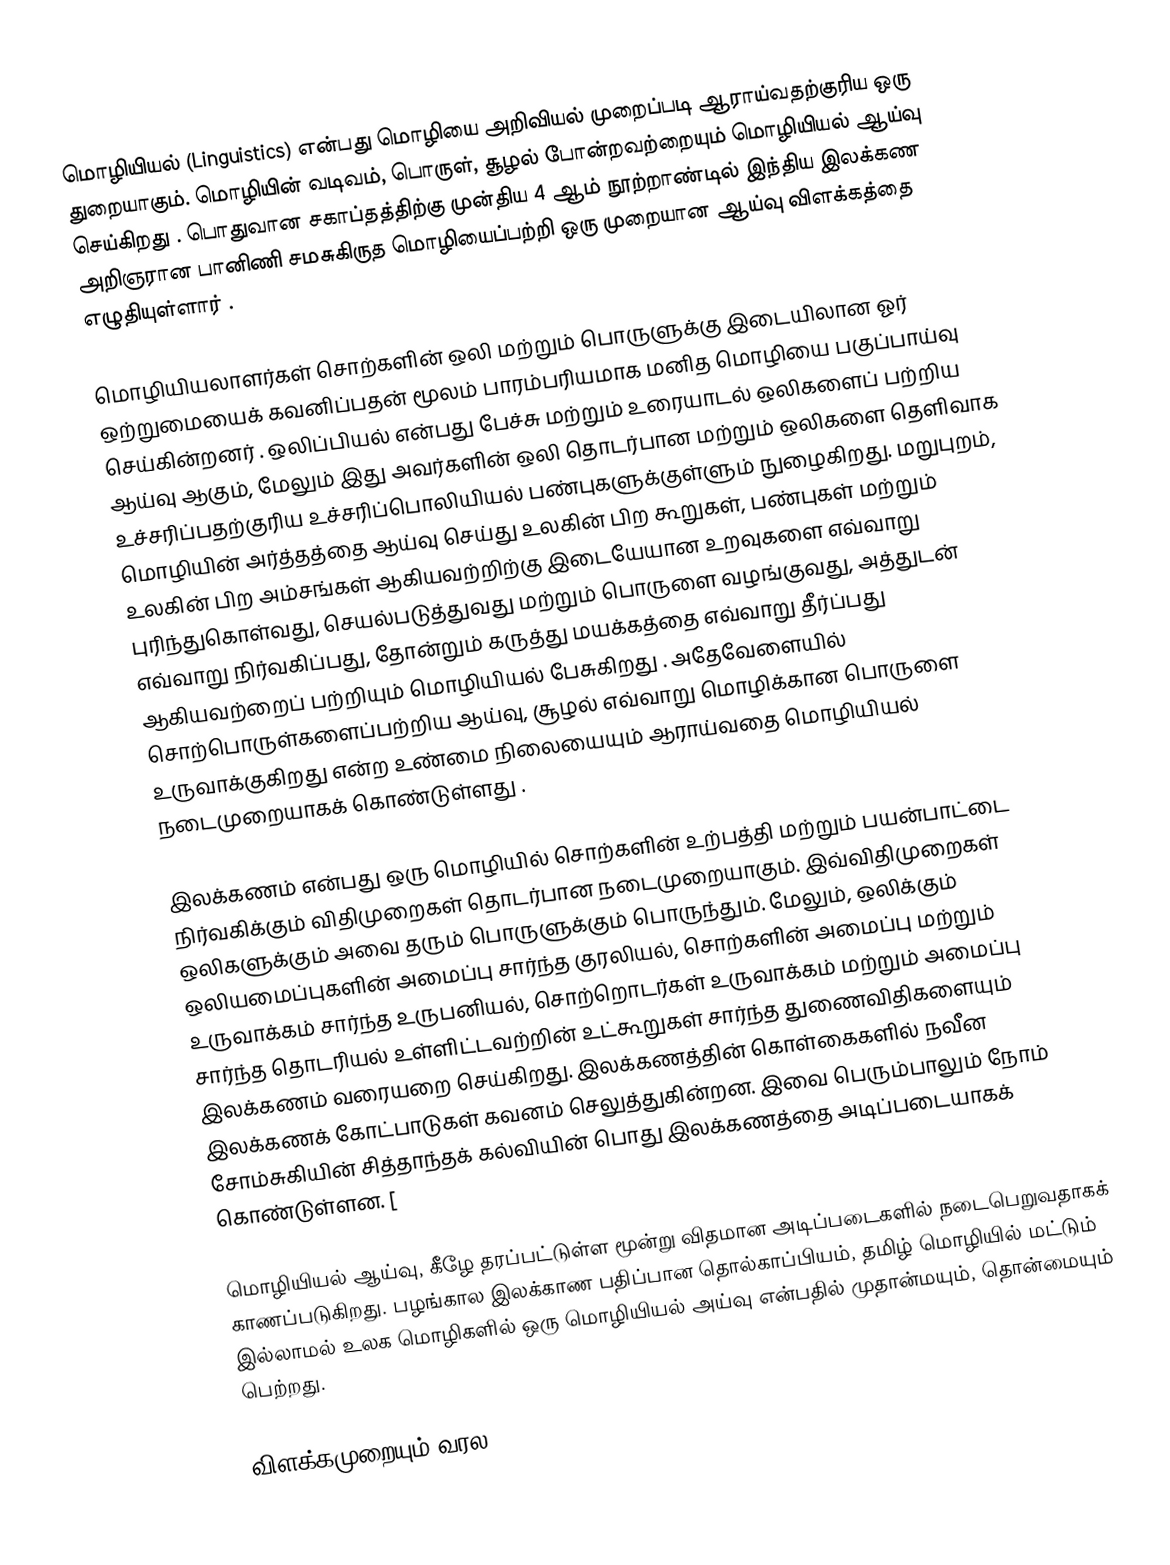
மொழியியல் (Linguistics) என்பது  மொழியை  அறிவியல் முறைப்படி  ஆராய்வதற்குரிய ஒரு துறையாகும். மொழியின் வடிவம், பொருள், சூழல் போன்றவற்றையும் மொழியியல் ஆய்வு செய்கிறது . பொதுவான சகாப்தத்திற்கு முன்திய 4 ஆம் நூற்றாண்டில் இந்திய இலக்கண அறிஞரான பானிணி  சமசுகிருத மொழியைப்பற்றி  ஒரு முறையான ஆய்வு விளக்கத்தை எழுதியுள்ளார் .

மொழியியலாளர்கள் சொற்களின் ஒலி மற்றும் பொருளுக்கு இடையிலான ஓர் ஒற்றுமையைக் கவனிப்பதன் மூலம் பாரம்பரியமாக மனித மொழியை பகுப்பாய்வு செய்கின்றனர் . ஒலிப்பியல் என்பது பேச்சு மற்றும் உரையாடல் ஒலிகளைப் பற்றிய ஆய்வு ஆகும், மேலும் இது அவர்களின் ஒலி தொடர்பான மற்றும் ஒலிகளை தெளிவாக உச்சரிப்பதற்குரிய உச்சரிப்பொலியியல் பண்புகளுக்குள்ளும் நுழைகிறது. மறுபுறம், மொழியின் அர்த்தத்தை ஆய்வு செய்து உலகின் பிற கூறுகள், பண்புகள் மற்றும் உலகின் பிற அம்சங்கள் ஆகியவற்றிற்கு இடையேயான உறவுகளை எவ்வாறு புரிந்துகொள்வது, செயல்படுத்துவது மற்றும் பொருளை வழங்குவது, அத்துடன் எவ்வாறு நிர்வகிப்பது, தோன்றும் கருத்து மயக்கத்தை எவ்வாறு தீர்ப்பது ஆகியவற்றைப் பற்றியும் மொழியியல்  பேசுகிறது . அதேவேளையில் சொற்பொருள்களைப்பற்றிய ஆய்வு, சூழல் எவ்வாறு மொழிக்கான பொருளை உருவாக்குகிறது என்ற உண்மை நிலையையும் ஆராய்வதை மொழியியல் நடைமுறையாகக் கொண்டுள்ளது .

இலக்கணம் என்பது ஒரு மொழியில் சொற்களின் உற்பத்தி மற்றும் பயன்பாட்டை நிர்வகிக்கும் விதிமுறைகள் தொடர்பான நடைமுறையாகும். இவ்விதிமுறைகள் ஒலிகளுக்கும் அவை தரும் பொருளுக்கும் பொருந்தும். மேலும், ஒலிக்கும் ஒலியமைப்புகளின் அமைப்பு சார்ந்த குரலியல், சொற்களின் அமைப்பு மற்றும் உருவாக்கம் சார்ந்த உருபனியல், சொற்றொடர்கள் உருவாக்கம் மற்றும் அமைப்பு சார்ந்த தொடரியல் உள்ளிட்டவற்றின் உட்கூறுகள் சார்ந்த துணைவிதிகளையும் இலக்கணம் வரையறை செய்கிறது. இலக்கணத்தின் கொள்கைகளில் நவீன இலக்கணக் கோட்பாடுகள் கவனம் செலுத்துகின்றன. இவை பெரும்பாலும்   நோம் சோம்சுகியின் சித்தாந்தக் கல்வியின் பொது இலக்கணத்தை அடிப்படையாகக் கொண்டுள்ளன.  [

மொழியியல் ஆய்வு, கீழே தரப்பட்டுள்ள மூன்று விதமான அடிப்படைகளில் நடைபெறுவதாகக் காணப்படுகிறது. பழங்கால இலக்காண பதிப்பான தொல்காப்பியம், தமிழ் மொழியில் மட்டும் இல்லாமல் உலக மொழிகளில் ஒரு மொழியியல் அய்வு என்பதில் முதான்மயும், தொன்மையும் பெற்றது.

 விளக்கமுறையும் வரல